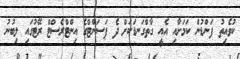
ކުވެއިތު ފަންޑުން ކަމަށާއި އެއީ ގާތްގަނޑަކަށް ދެ ޕަސަންޓްގެ އިންޓްރެސްޓް ރޭޓުގައި ލިބުނު